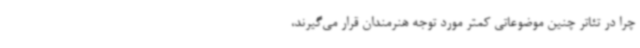
چرا در تئاتر چنین موضوعاتی کمتر مورد توجه هنرمندان قرار می‌گیرند،